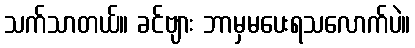
သက်သာတယ်။ ခင်ဗျား ဘာမှမပေးရသလောက်ပဲ။